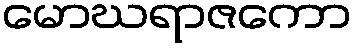
မောဃရာဇကော